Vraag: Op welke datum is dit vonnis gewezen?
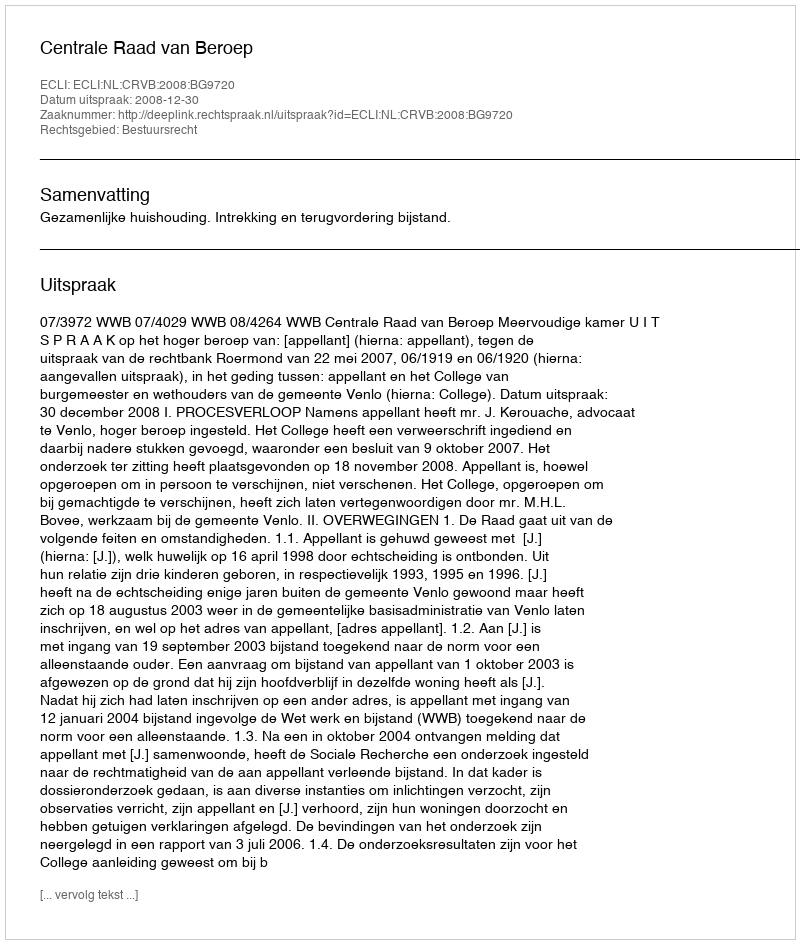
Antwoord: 2008-12-30